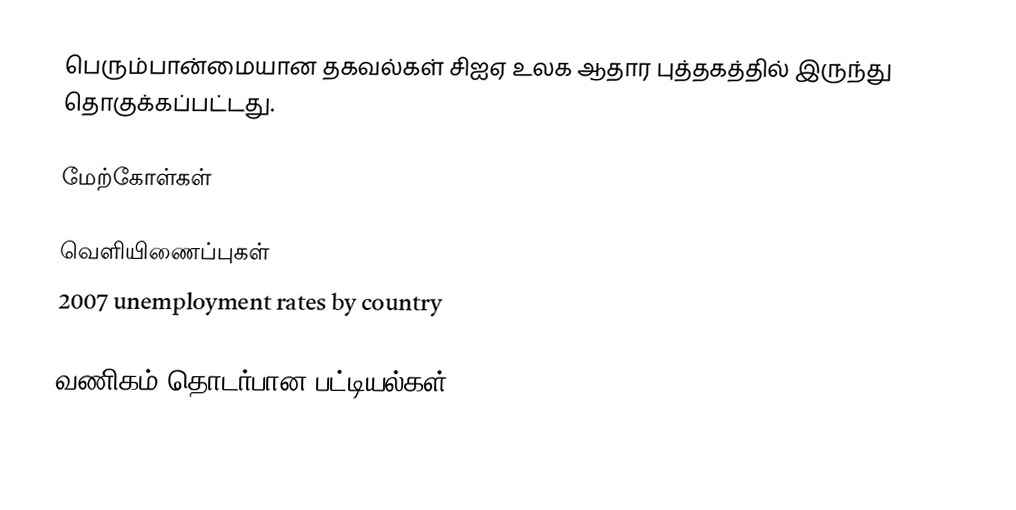
பெரும்பான்மையான தகவல்கள் சிஐஏ உலக ஆதார புத்தகத்தில் இருந்து தொகுக்கப்பட்டது.

மேற்கோள்கள்

வெளியிணைப்புகள்
 2007 unemployment rates by country

வணிகம் தொடர்பான பட்டியல்கள்